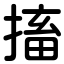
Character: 搐